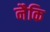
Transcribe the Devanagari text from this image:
नैकि